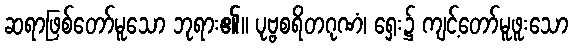
ဆရာဖြစ်တော်မူသော ဘုရား၏။ ပုဗ္ဗစရိတဂုဏံ၊ ရှေး၌ ကျင့်တော်မူဖူးသော